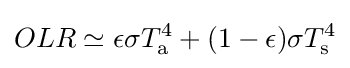
OLR\simeq \epsilon \sigma T_{\text{a}}^{4}+(1-\epsilon )\sigma T_{\text{s}}^{4}